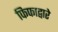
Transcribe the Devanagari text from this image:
फिफाद्वारे